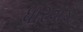
ધારવાડ